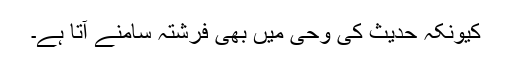
کیونکہ حدیث کی وحی میں بھی فرشتہ سامنے آتا ہے۔